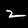
Label: 2